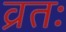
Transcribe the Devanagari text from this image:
व्रतः